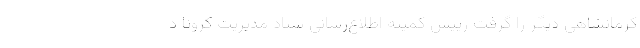
کرمانشاهی دیگر را گرفت رییس کمیته اطلاع‌رسانی ستاد مدیریت کرونا د